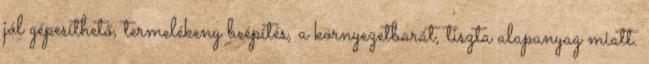
jól gépesíthető, termelékeny beépítés, a környezetbarát, tiszta alapanyag miatt.